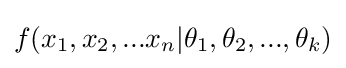
f(x_{1},x_{2},...x_{n}|\theta _{1},\theta _{2},...,\theta _{k})